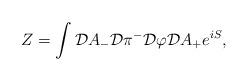
LaTeX: \begin{align*}Z= \int {\cal D} A_{-} {\cal D} \pi^{-} {\cal D} \varphi {\cal D} A_{+} e^{iS},\end{align*}